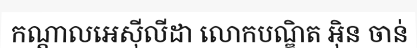
កណ្តាលអេស៊ីលីដា លោកបណ្ឌិត អ៊ិន ចាន់